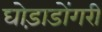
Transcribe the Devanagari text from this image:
घोड़ाडोंगरी